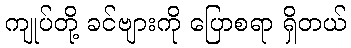
ကျုပ်တို့ ခင်ဗျားကို ပြောစရာ ရှိတယ်